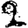
Digit: 2